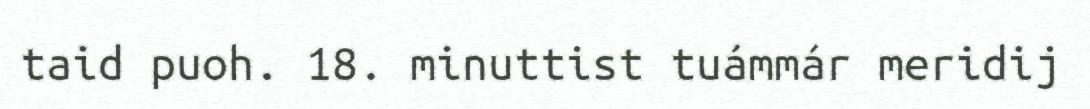
taid puoh. 18. minuttist tuámmár meridij